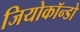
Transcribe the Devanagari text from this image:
जियोकॉन्डो